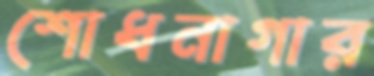
শোধনাগার